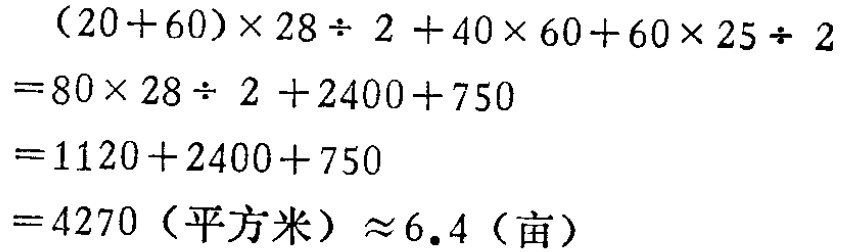
\[

\begin{align*}

&(20 + 60)\times28\div2 + 40\times60 + 60\times25\div2\\

=&80\times28\div2 + 2400 + 750\\

=&1120+2400 + 750\\

=&4270 \text{（平方米）} \approx 6.4 \text{（亩）}

\end{align*}

\]